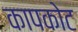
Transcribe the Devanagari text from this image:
कापकोट